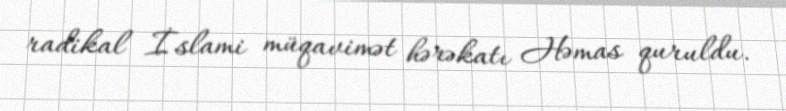
radikal İslami müqavimət hərəkatı Həmas quruldu.